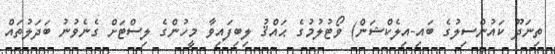
ތިނަދޫ ކައުންސިލުގެ ބައި-އިލެކްޝަން) ވޯޓުލުމުގެ ޙައްޤު ލިބިފައިވާ މީހުންގެ ލިސްޓަށް ގެނެވުނު ބަދަލުތައް